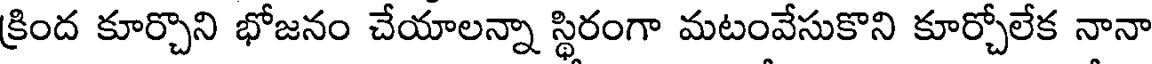
క్రింద కూర్చొని భోజనం చేయాలన్నా స్థిరంగా మటంవేసుకొని కూర్చోలేక నానా